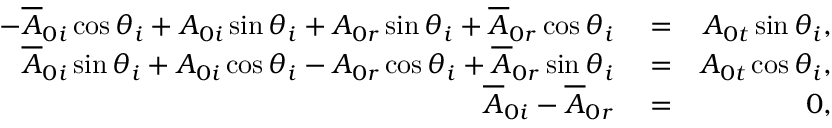
\begin{array} { r l r } { - \overline { { A } } _ { 0 i } \cos \theta _ { i } + A _ { 0 i } \sin \theta _ { i } + A _ { 0 r } \sin \theta _ { i } + \overline { { A } } _ { 0 r } \cos \theta _ { i } } & { { } = } & { A _ { 0 t } \sin \theta _ { i } , } \\ { \overline { { A } } _ { 0 i } \sin \theta _ { i } + A _ { 0 i } \cos \theta _ { i } - A _ { 0 r } \cos \theta _ { i } + \overline { { A } } _ { 0 r } \sin \theta _ { i } } & { { } = } & { A _ { 0 t } \cos \theta _ { i } , } \\ { \overline { { A } } _ { 0 i } - \overline { { A } } _ { 0 r } } & { { } = } & { 0 , } \end{array}